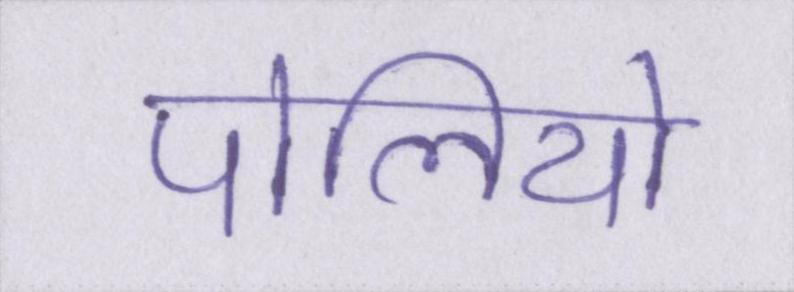
पोलियो